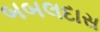
બબલદાસ